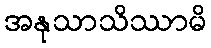
အနုသာသိဿာမိ